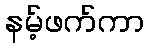
နမ့်ဖက်ကာ